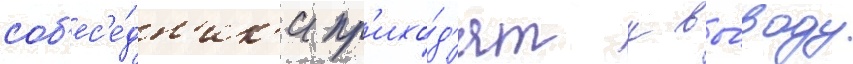
соб'ес'е́дн'ик'и пр'ихо́д'ят к вы́воду